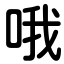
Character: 哦